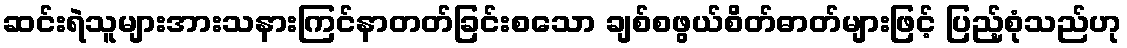
ဆင်းရဲသူများအားသနားကြင်နာတတ်ခြင်းစသော ချစ်စဖွယ်စိတ်ဓာတ်များဖြင့် ပြည့်စုံသည်ဟု